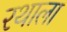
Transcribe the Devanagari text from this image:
रथाला